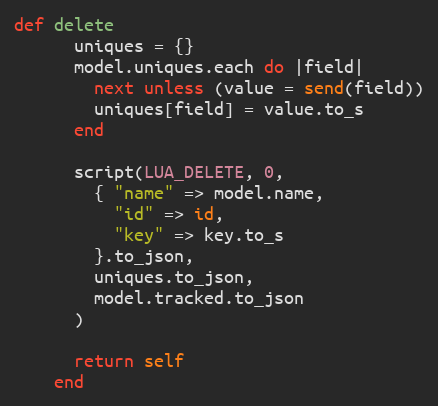
Language: Ruby
def delete
      uniques = {}
      model.uniques.each do |field|
        next unless (value = send(field))
        uniques[field] = value.to_s
      end

      script(LUA_DELETE, 0,
        { "name" => model.name,
          "id" => id,
          "key" => key.to_s
        }.to_json,
        uniques.to_json,
        model.tracked.to_json
      )

      return self
    end